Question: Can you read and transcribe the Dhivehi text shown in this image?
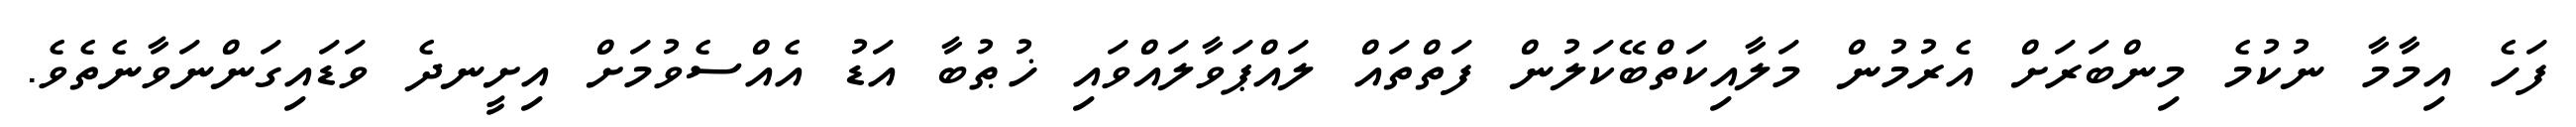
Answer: ފަހެ އިމާމާ ނުކުމެ މިންބަރަށް އެރުމުން މަލާއިކަތްބޭކަލުން ފަތްތައް ލައްޕަވާލައްވައި ޚުޠުބާ އަޑު އެއްސެވުމަށް އިށީނދެ ވަޑައިގަންނަވާނެތެވެ.